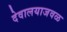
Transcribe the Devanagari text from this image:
देवालयाजवळ